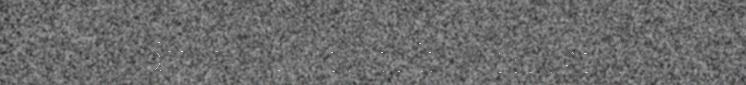
oadtjot. - Danen li sámegiela-